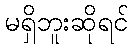
မရှိဘူးဆိုရင်